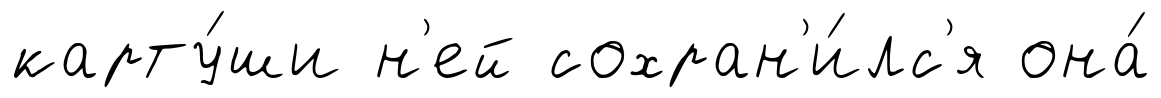
карту́ши н'ей сохран'и́лс'я она́